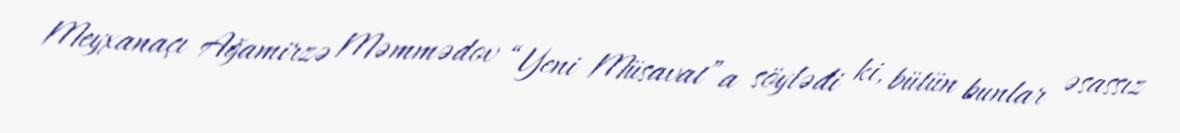
Meyxanaçı Ağamirzə Məmmədov “Yeni Müsavat”a söylədi ki, bütün bunlar əsassız